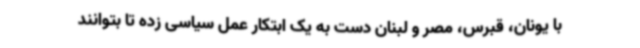
با یونان، قبرس، مصر و لبنان دست به یک ابتکار عمل سیاسی زده تا بتوانند